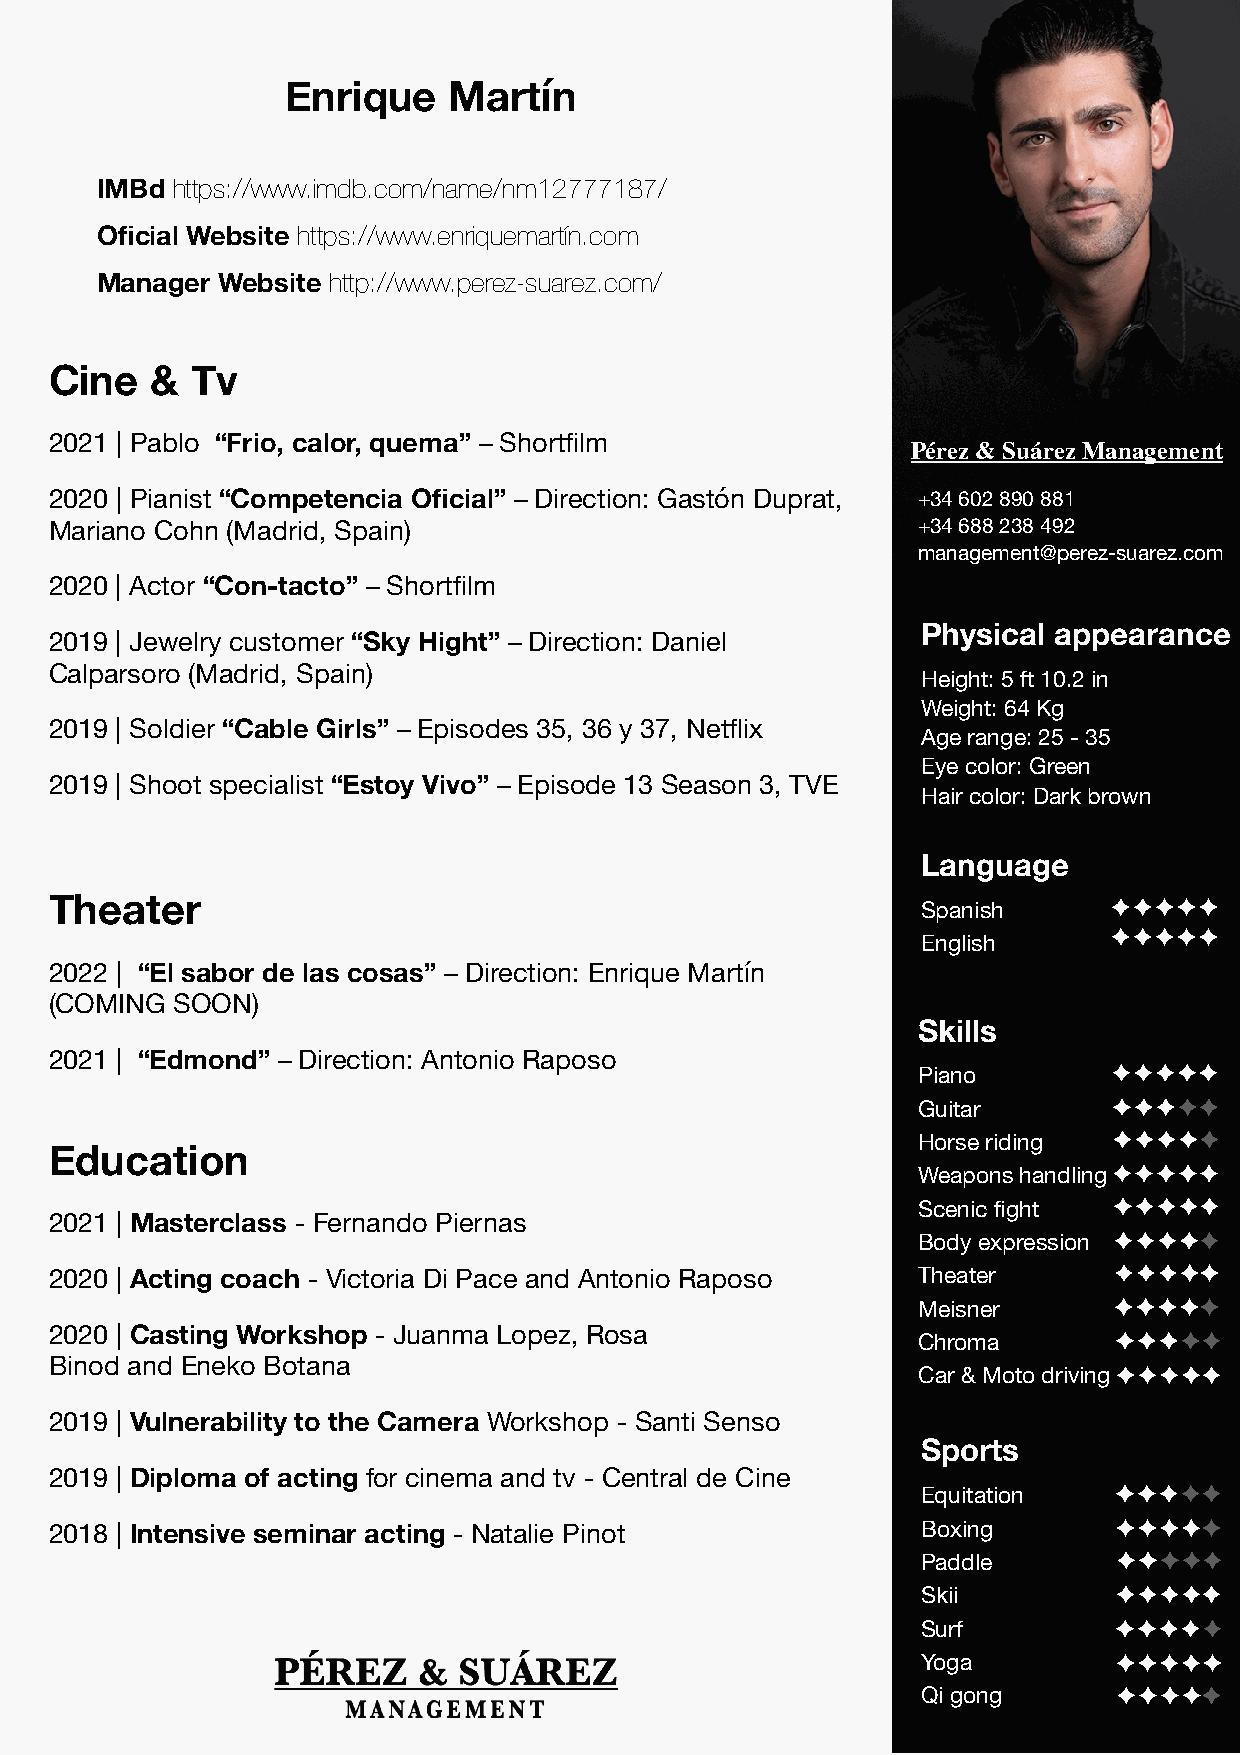
Enrique    Martín
 IMBd https://www.imdb.com/name/nm12777187/
 Oficial Website https://www.enriquemartín.com
 Manager Website http://www.perez-suarez.com/
 Cine   &  Tv
 2021 | Pablo “Frio, calor, quema” – Shortfilm
 Pérez & Suárez Management
 2020 | Pianist “Competencia Oficial” – Direction: Gastón Duprat, +34 602 890 881
 Mariano Cohn (Madrid, Spain)                              +34 688 238 492
 management@perez-suarez.com
 2020 | Actor “Con-tacto” – Shortfilm
 Physical appearance
 2019 | Jewelry customer “Sky Hight” – Direction: Daniel
 Calparsoro (Madrid, Spain)
 Height: 5 ft 10.2 in
 Weight: 64 Kg
 2019 | Soldier “Cable Girls” – Episodes 35, 36 y 37, Netflix
 Age range: 25 - 35
 Eye color: Green
 2019 | Shoot specialist “Estoy Vivo” – Episode 13 Season 3, TVE
 Hair color: Dark brown
 Language
 Theater
 Spanish
 English
 2022 | “El sabor de las cosas” – Direction: Enrique Martín
 (COMING  SOON)
 Skills
 2021 | “Edmond” – Direction: Antonio Raposo
 Piano
 Guitar
 Horse riding
 Education
 Weapons handling
 Scenic fight
 2021 | Masterclass - Fernando Piernas
 Body expression
 2020 | Acting coach - Victoria Di Pace and Antonio Raposo Theater
 Meisner
 2020 | Casting Workshop - Juanma Lopez, Rosa
 Chroma
 Binod and Eneko Botana
 Car & Moto driving
 2019 | Vulnerability to the Camera Workshop - Santi Senso
 Sports
 2019 | Diploma of acting for cinema and tv - Central de Cine
 Equitation
 2018 | Intensive seminar acting - Natalie Pinot           Boxing
 Paddle
 Skii
 Surf
 Yoga
 Qi gong